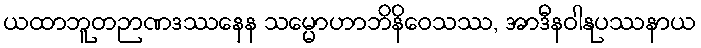
ယထာဘူတဉာဏဒဿနေန သမ္မောဟာဘိနိဝေသဿ, အာဒီနဝါနုပဿနာယ